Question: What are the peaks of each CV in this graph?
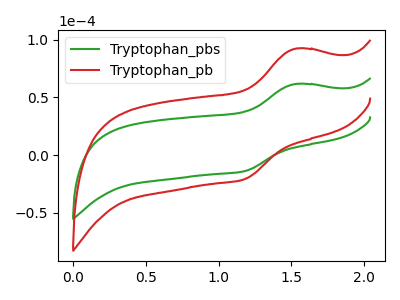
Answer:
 <answer>The green curve "Tryptophan_pbs" has an anodic peak at (1.55V, 61.75uA) and a cathodic peak at (1.20V, -13.80uA). The red curve "Tryptophan_pb" has an anodic peak at (1.55V, 92.40uA) and a cathodic peak at (1.20V, -20.65uA).</answer>
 <eval></eval>